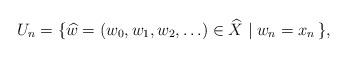
LaTeX: \begin{align*}U_n = \{ \widehat w = (w_0, w_1,w_2, \ldots) \in \widehat{X} \mid w_n= x_n\,\}, \end{align*}